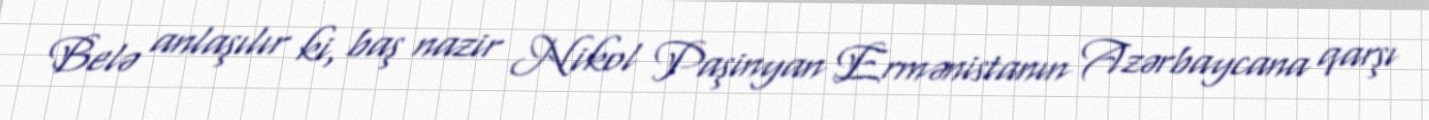
Belə anlaşılır ki, baş nazir Nikol Paşinyan Ermənistanın Azərbaycana qarşı